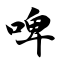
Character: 啤